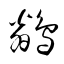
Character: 鶲